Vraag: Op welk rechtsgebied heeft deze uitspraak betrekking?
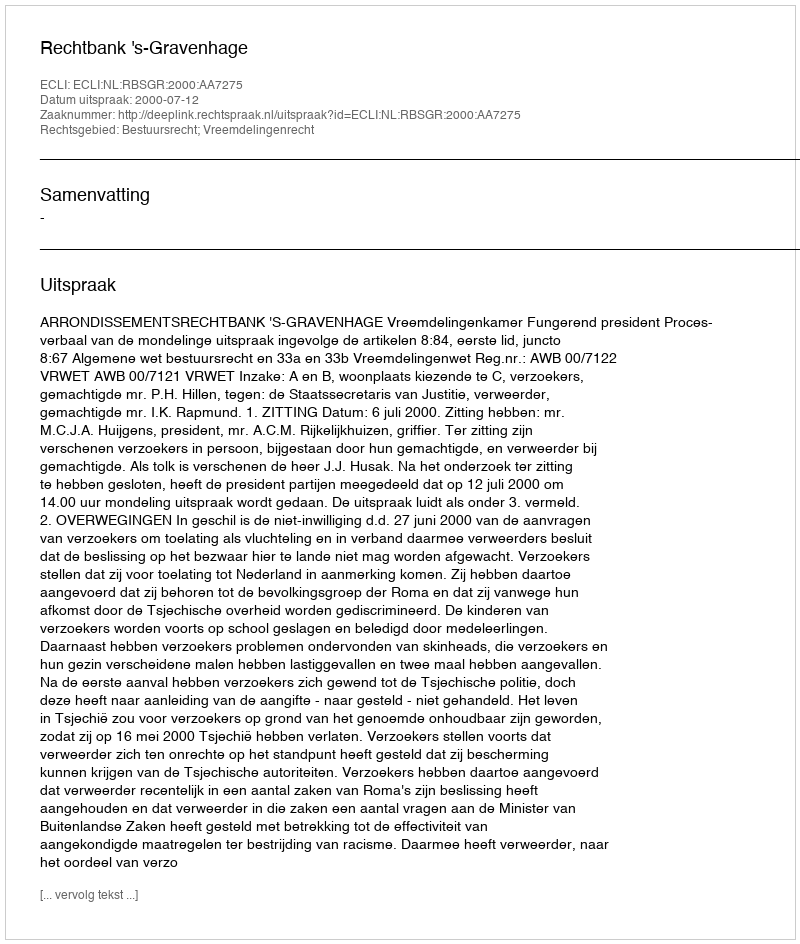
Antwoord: Bestuursrecht; Vreemdelingenrecht